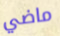
ماضي